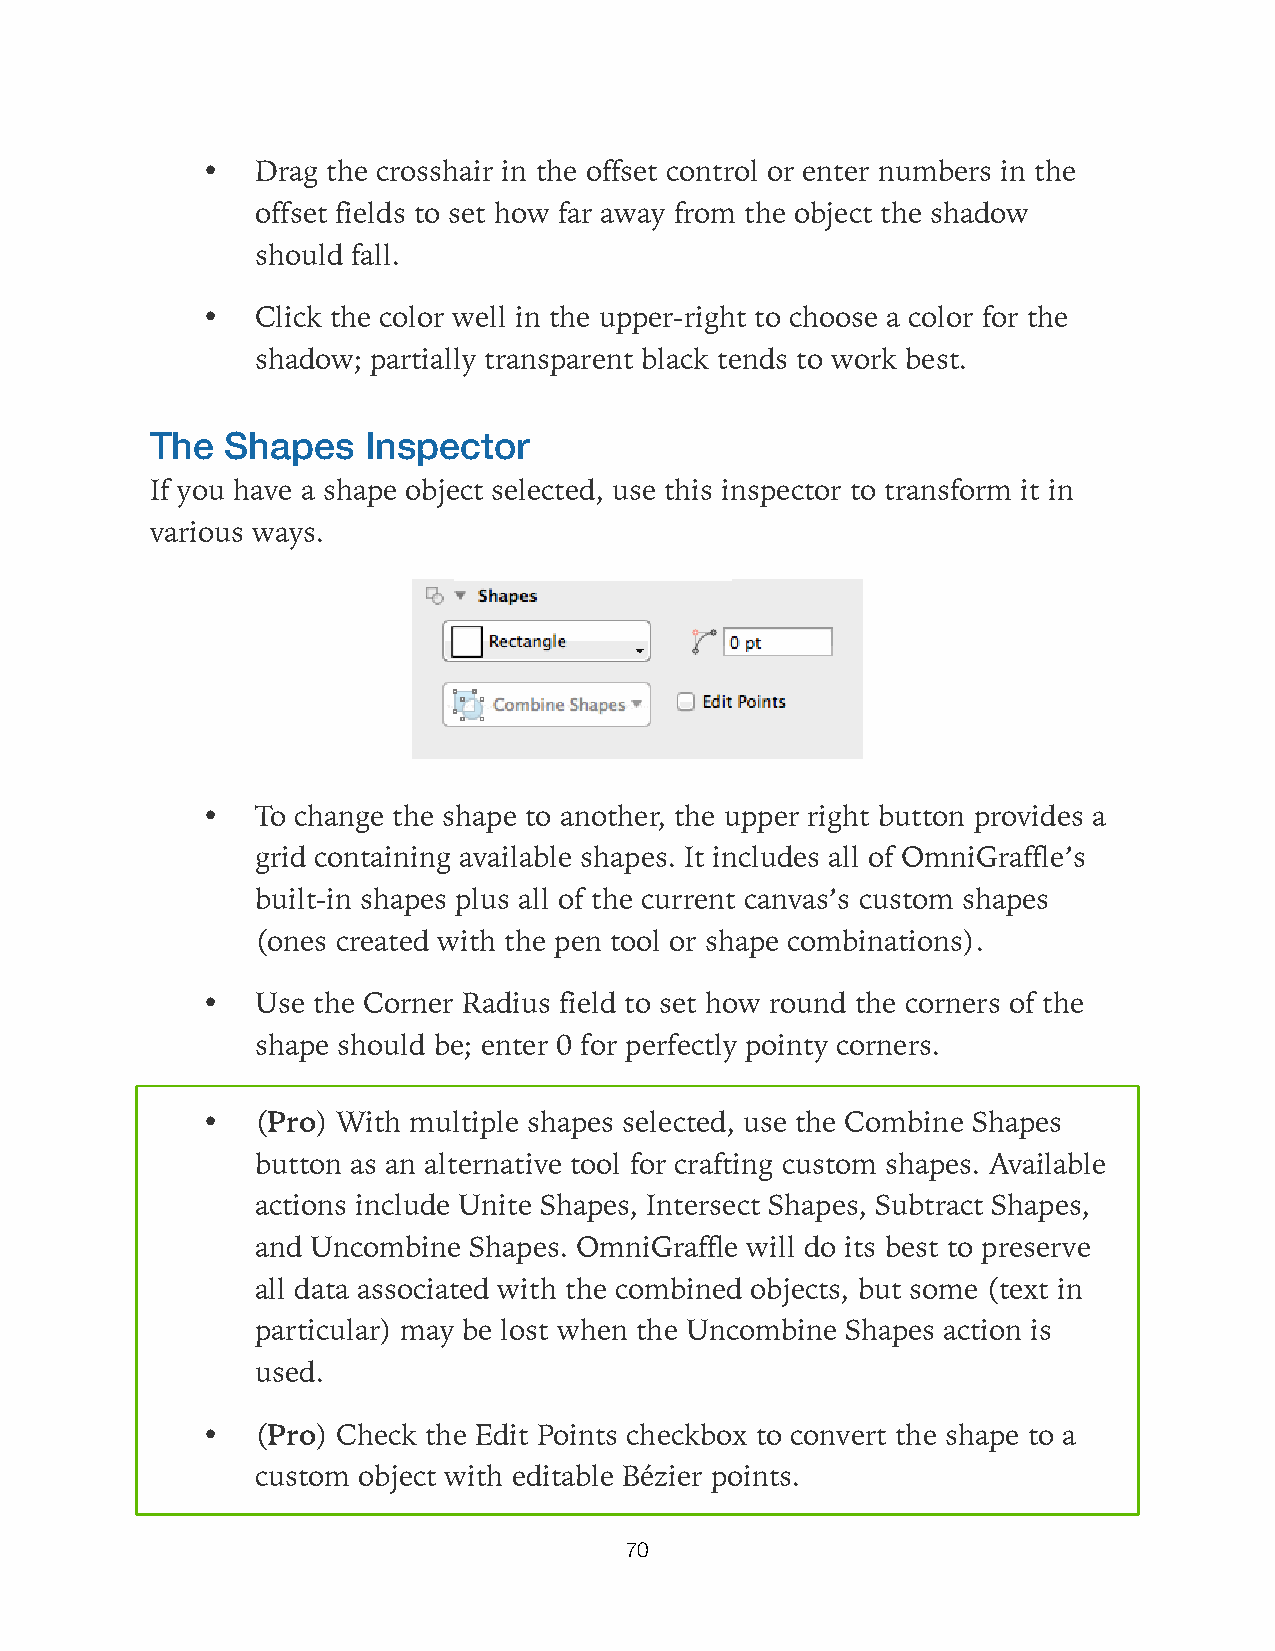
•   Drag the crosshair in the offset control or enter numbers in the
 offset fields to set how far away from the object the shadow
 should fall.
 •   Click the color well in the upper-right to choose a color for the
 shadow; partially transparent black tends to work best.
 The  Shapes   Inspector
 If you have a shape object selected, use this inspector to transform it in
 various ways.
 •   To change the shape to another, the upper right button provides a
 grid containing available shapes. It includes all of OmniGraffle’s
 built-in shapes plus all of the current canvas’s custom shapes
 (ones created with the pen tool or shape combinations).
 •   Use the Corner Radius field to set how round the corners of the
 shape should be; enter 0 for perfectly pointy corners.
 •   (Pro) With multiple shapes selected, use the Combine Shapes
 button as an alternative tool for crafting custom shapes. Available
 actions include Unite Shapes, Intersect Shapes, Subtract Shapes,
 and Uncombine Shapes. OmniGraffle will do its best to preserve
 all data associated with the combined objects, but some (text in
 particular) may be lost when the Uncombine Shapes action is
 used.
 •   (Pro) Check the Edit Points checkbox to convert the shape to a
 custom object with editable Bézier points.
 70